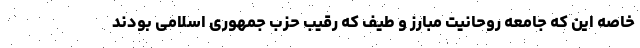
خاصه این که جامعه روحانیت مبارز و طیف که رقیب حزب جمهوری اسلامی بودند